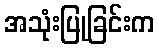
အသုံးပြုခြင်းက